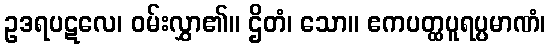
ဥဒရပဋလေ၊ ဝမ်းလွှာ၏။ ဌိတံ၊ သော။ ဧကပတ္ထပူရပ္ပမာဏံ၊